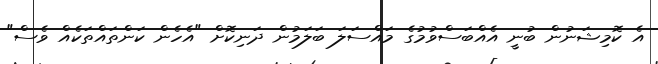
އެ ކޮމިޝަނުން ބުނީ އެއްބަސްވުމުގެ މައްސަލަ ބަލަމުން ދަނިކޮށް "އެހެން ކަންތައްތަކެއް ވެސް"